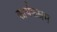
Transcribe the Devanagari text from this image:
कार्यकम्रम